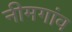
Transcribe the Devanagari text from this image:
नीमगांव